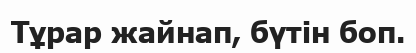
Тұрар жайнап, бүтін боп.